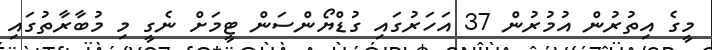
މީގެ އިތުރުން އުމުރުން 37 އަހަރުގައި ގުޑްޔޯންސަން ޓީމަށް ނެގީ މި މުބާރާތުގައި